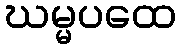
ဃမ္မပထေ